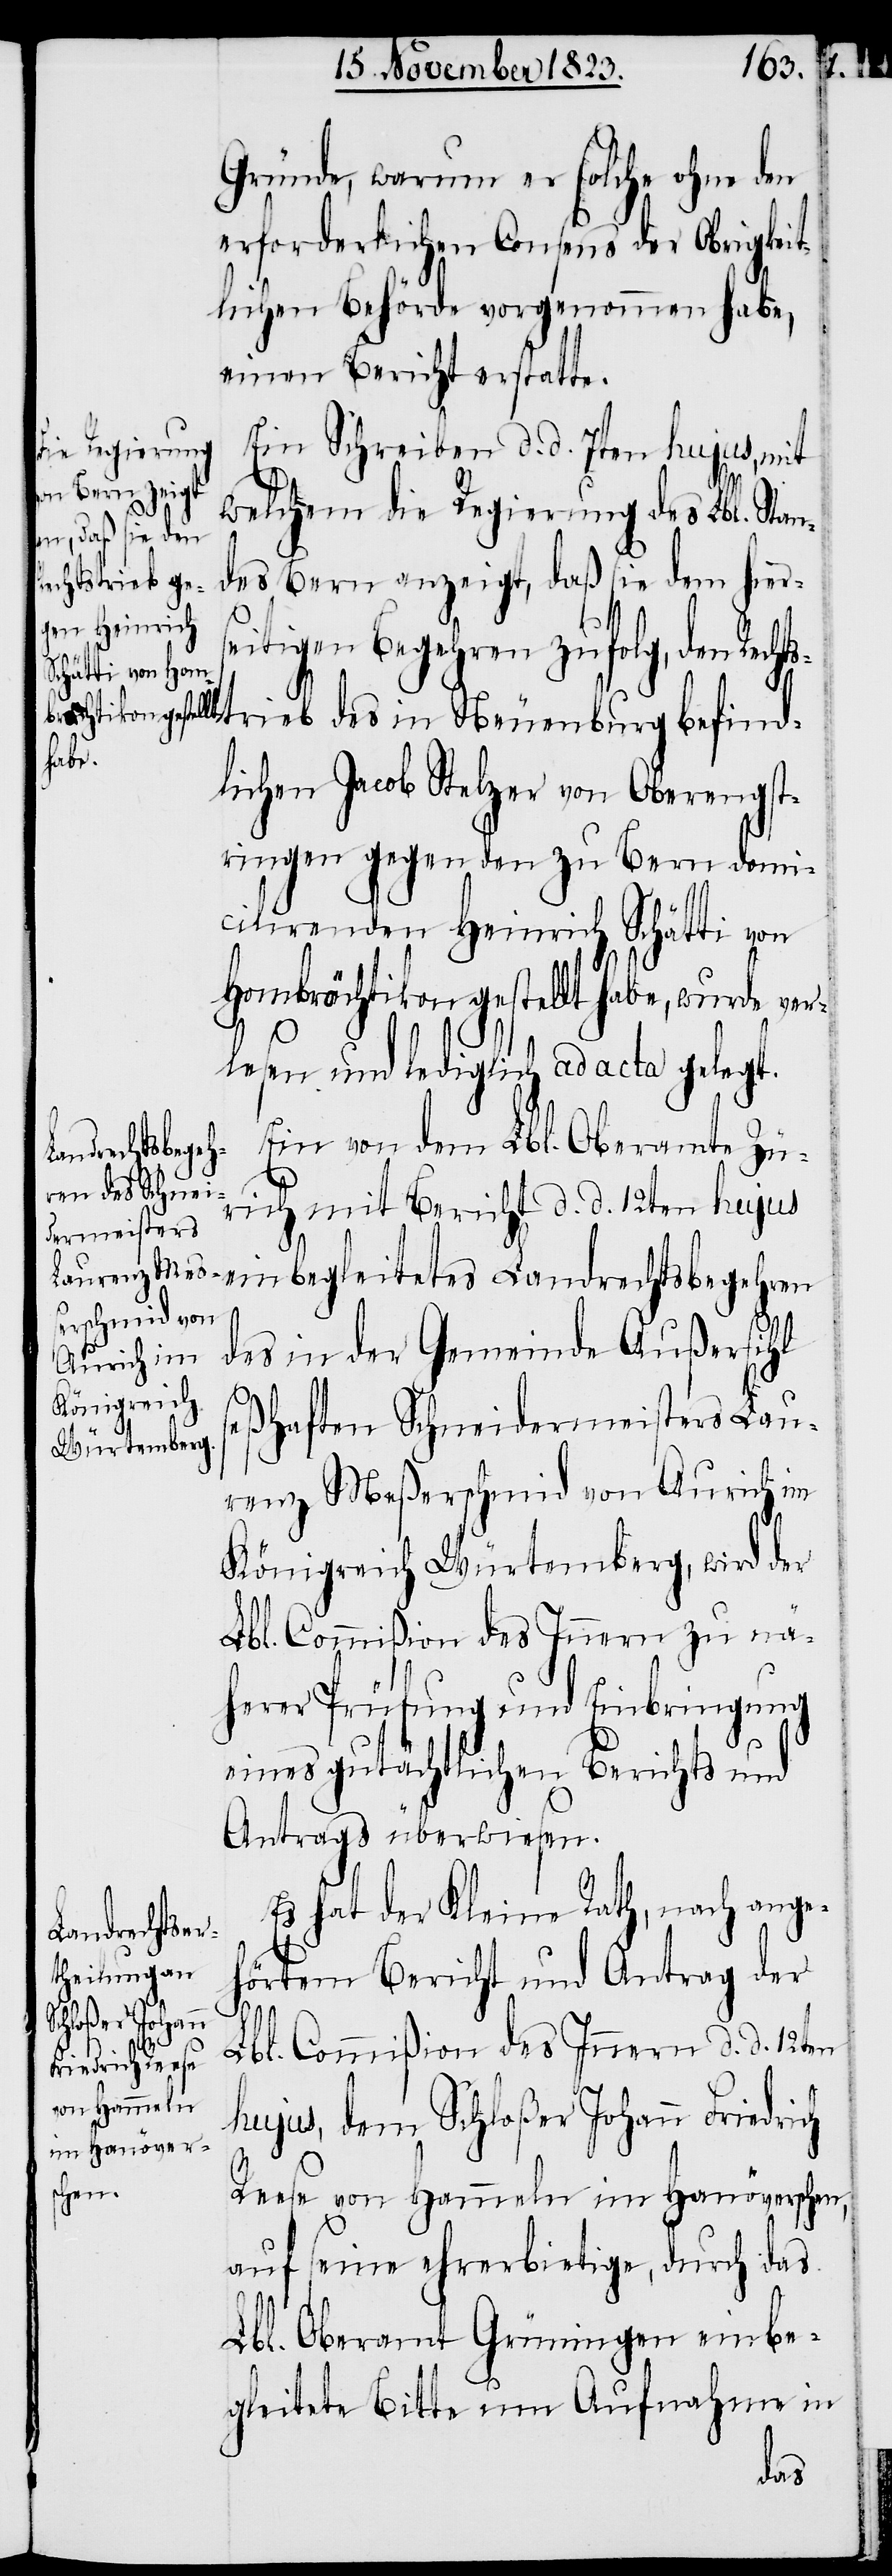
Gründe, warum er solche ohne den
erforderlichen Consens der Obrigkei¬
tlichen Behörde vorgenommen habe,
einen Bericht erstatte.
Ein Schreiben d. d. 7ten hujus, mit
welchem die Regierung des Lbl. Stan¬
des Bern anzeigt, daß sie dem hiers¬
eitigen Begehren zufolg, den Rech¬
tstrieb des in Neuenburg befind¬
lichen Jacob Stelzer von Oberengst¬
ringen gegen den zu Bern domi¬
cilirenden Heinrich Schätti von
Hombrächtikon gestellt habe, wurde ver¬
lesen und lediglich ad acta gelegt.
Ein von dem Lbl. Oberamte Zü¬
rich mit Bericht d. d. 12ten hujus
einbegleitetes Landrechtsbegehren
des in der Gemeinde Außersihl
seßhaften Schneidermeisters Lau¬
renz Meßerschmid von Aurich im
Königreich Würtemberg, wird der
Lbl. Commißion des Innern zu nä¬
herer Prüfung und Einbringung
eines gutächtlichen Berichts und
Antrags überwiesen.
Es hat der Kleine Rath, nach ange¬
hörtem Bericht und Antrag der
Lbl. Commißion des Innern d. d. 12ten
hujus, dem Schloßer Johann Friedrich
Reese von Hammeln im Hanöverschen,
auf seine ehrerbietige, durch das
Lbl. Oberamt Grüningen einbe¬
gleitete Bitte um Aufnahme in